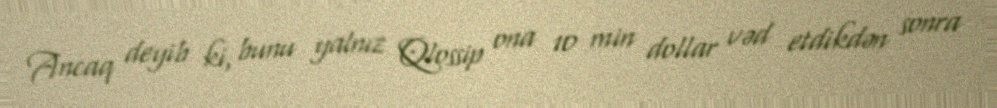
Ancaq deyib ki, bunu yalnız Qlossip ona 10 min dollar vəd etdikdən sonra